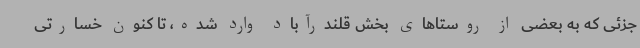
جزئی که به بعضی از روستاهای بخش قلندرآباد وارد شده، تا کنون خسارتی